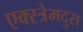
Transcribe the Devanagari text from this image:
एक्स्त्रेमदुरा